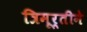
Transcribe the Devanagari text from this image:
त्रिमूर्तीने